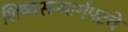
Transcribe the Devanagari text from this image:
शिष्यसन्मार्गपटवे